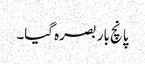
پانچ بار بصرہ گیا۔